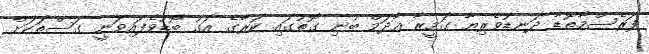
ފަރެސްމާތޮޑާ ދަނޑުވެރިޔާ ގަމީރާ އާދަމް ބުނި ގޮތުގައި ކަރާގެ އަގު ބޮޑުވެފައިވަނީ ގަސްތަކަށް